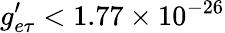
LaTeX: g_{e\tau}^{\prime}<1.77\times 10^{-26}